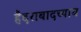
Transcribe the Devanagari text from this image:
हैदराबादच्याच